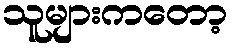
သူများကတော့